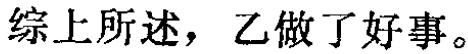
综上所述，乙做了好事。